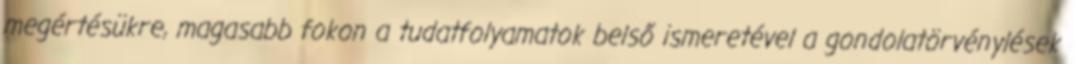
megértésükre, magasabb fokon a tudatfolyamatok belső ismeretével a gondolatörvénylések